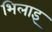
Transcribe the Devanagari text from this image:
भिलाइ